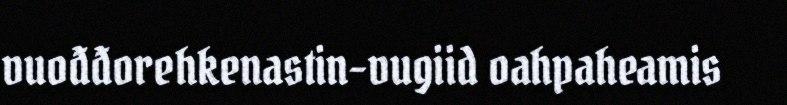
vuođđorehkenastin-vugiid oahpaheamis